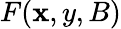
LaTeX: F(\mathbf{x},y,B)